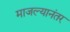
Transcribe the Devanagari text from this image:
माजल्यानंतर